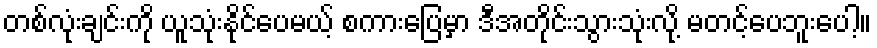
တစ်လုံးချင်းကို ယူသုံးနိုင်ပေမယ့် စကားပြေမှာ ဒီအတိုင်းသွားသုံးလို့ မတင့်ပေဘူးပေါ့။